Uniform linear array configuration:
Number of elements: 32
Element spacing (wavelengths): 1
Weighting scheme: kaiser
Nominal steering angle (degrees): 60
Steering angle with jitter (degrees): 61.713
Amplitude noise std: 0.05
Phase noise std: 0.05

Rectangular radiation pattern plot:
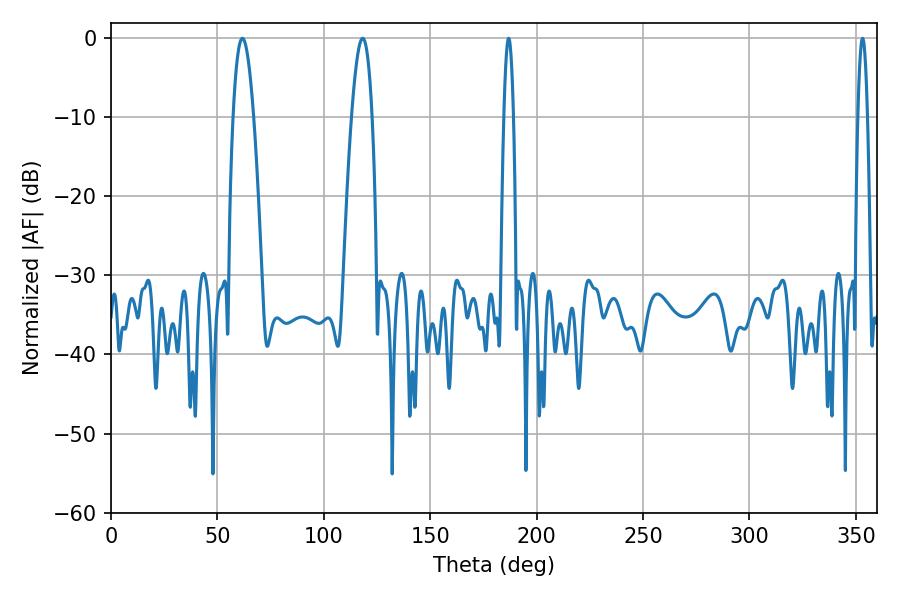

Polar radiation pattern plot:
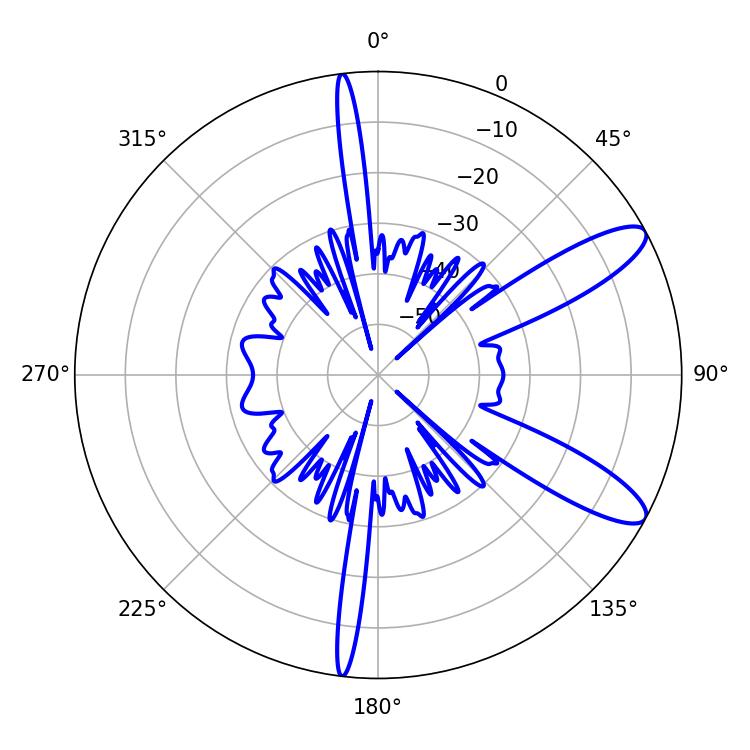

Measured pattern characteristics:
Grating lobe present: TRUE
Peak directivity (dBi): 10.826
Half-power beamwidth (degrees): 5.22
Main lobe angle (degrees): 118.26